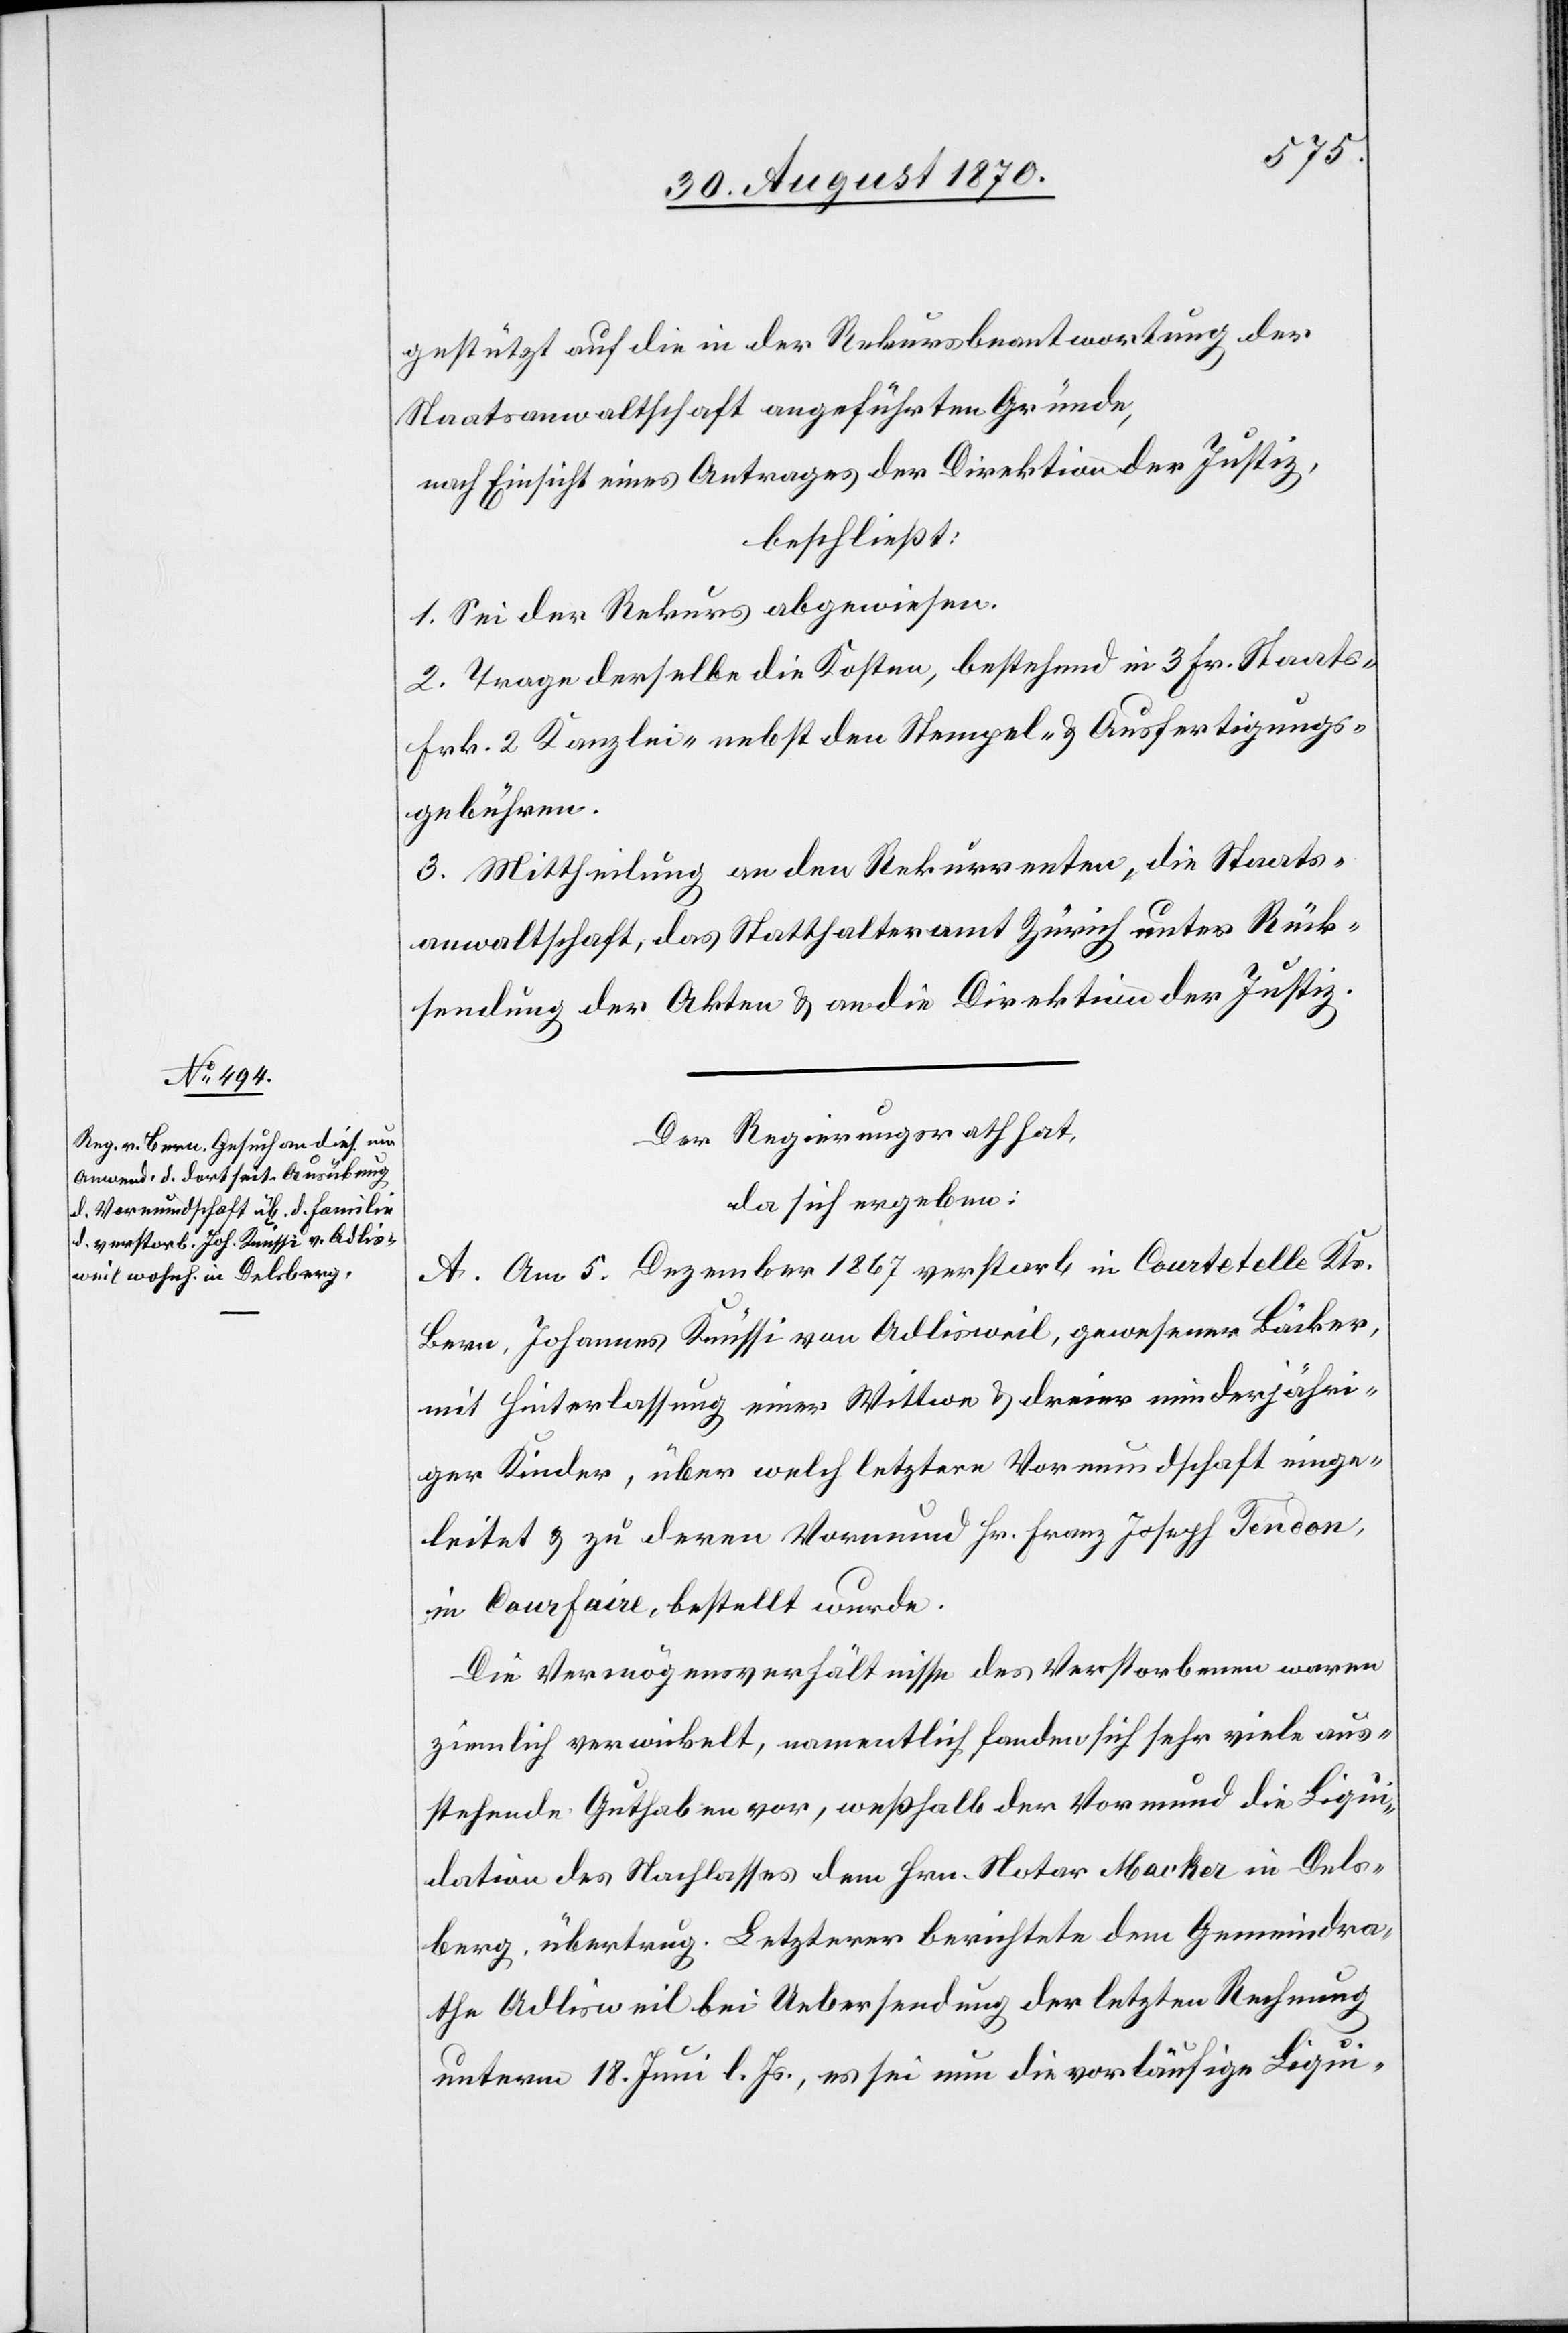
gestützt auf die in der Rekursbeantwortung der
Staatsanwaltschaft angeführten Gründe,
nach Einsicht eines Antrages der Direktion der Justiz,
beschließt:
1. Sei der Rekurs abgewiesen.
2. Trage derselbe [sic!] die Kosten, bestehend in 3 Fr. Staats-
Fr. 2 Kanzlei- nebst den Stempel- & Ausfertigungs¬
gebühren.
3. Mittheilung an den Rekurrenten, die Staats¬
anwaltschaft, das Statthalteramt Zürich unter Rück¬
sendung der Akten & an die Direktion der Justiz.
Der Regierungsrath hat,
da sich ergeben:
A. Am 5. Dezember 1867 verstarb in Courtetelle Kts.
Bern, Johannes Knüssi von Adlisweil, gewesener Bäcker,
mit Hinterlassung einer Wittwe & dreier minderjähri¬
ger Kindern, über welch letztere Vormundschaft einge¬
leitet & zu deren Vormund Hr. Franz Joseph Fendon,
in Courfaire, bestellt wurde.
Die Vermögensverhältnisse des Verstorbenen waren
ziemlich verwickelt, namentlich fanden sich sehr viele aus¬
stehende Guthaben vor, weßhalb der Vormund die Liqui¬
dation des Nachlasses dem Hrn. Notar Macker in Dels¬
berg übertrug. Letzterer berichtete dem Gemeindra¬
the Adlisweil bei Uebersendung der letzten Rechnung
unterm 18. Juni l. Js., es sei nun die vorläufige Liqui-